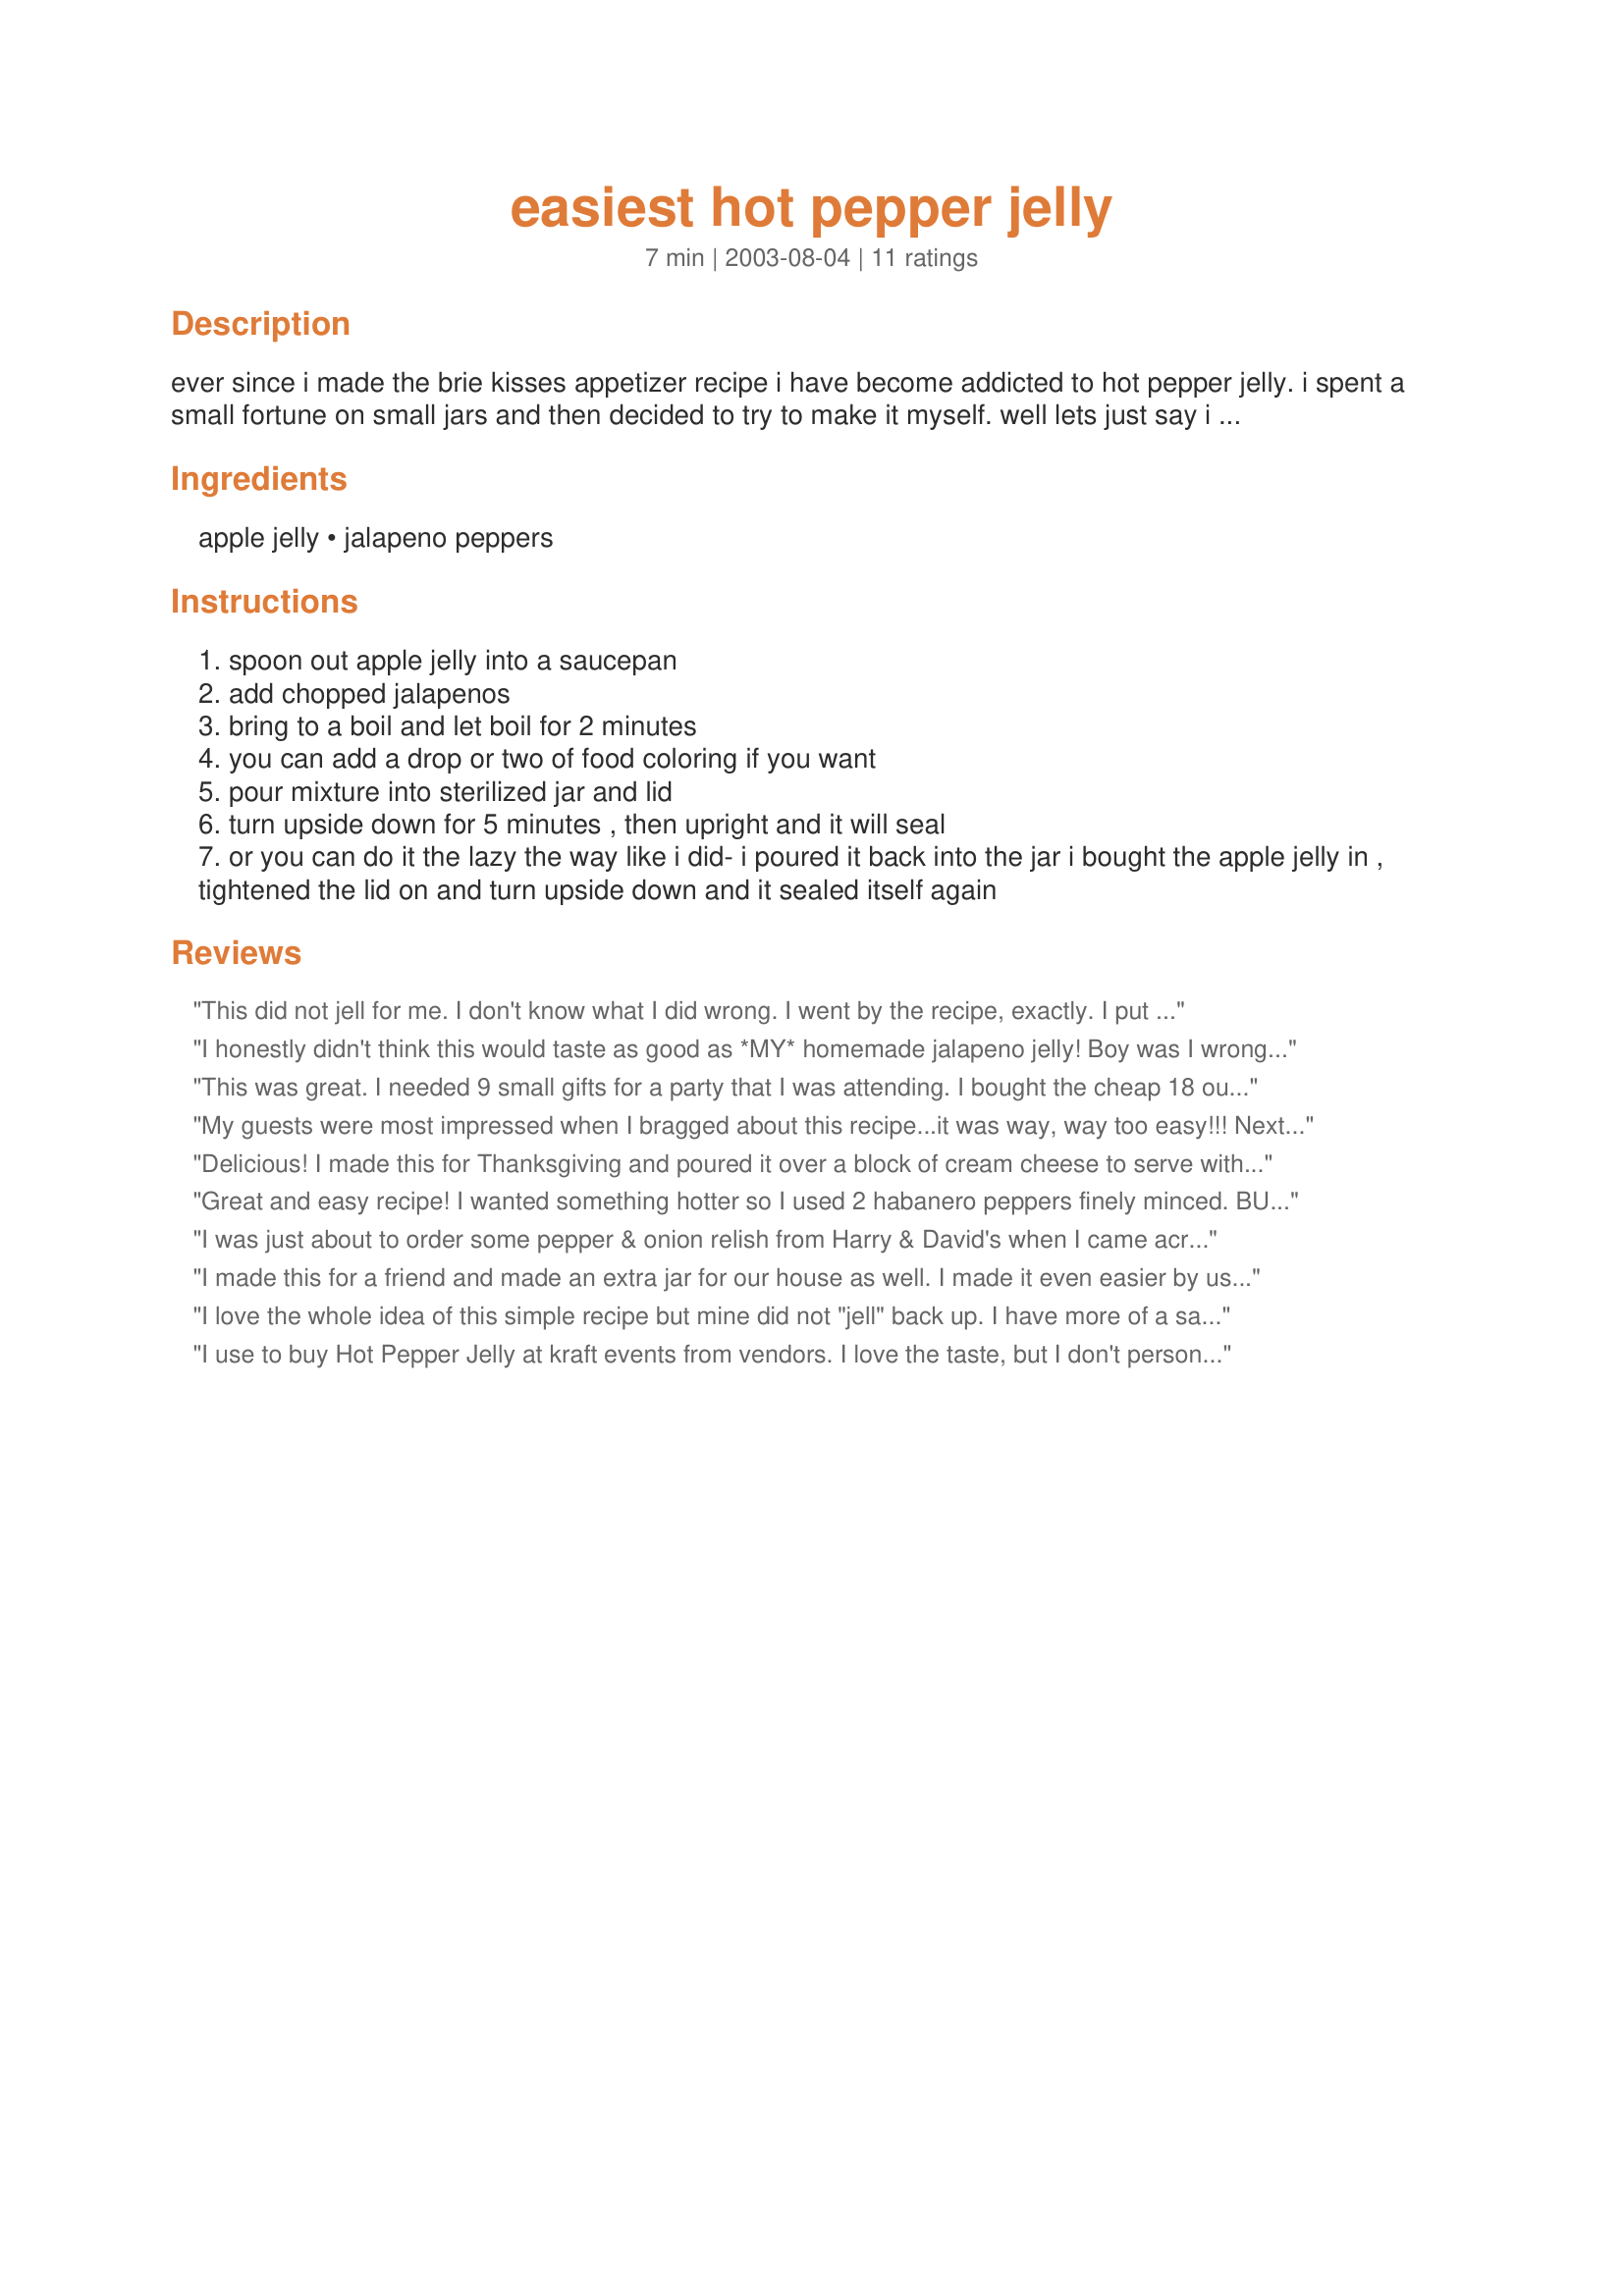
easiest hot pepper jelly
Preparation time: 7 minutes

ever since i made the brie kisses appetizer recipe i have become addicted to hot pepper jelly. i spent a small fortune on small jars and then decided to try to make it myself. well lets just say i don't have the nack for jelly making. however a friend of mine told me this method and boy my life has changed forever and it takes a whole five minutes to make. okay, realistically less than 10 minutes depending on how fast you are with a knife.

Ingredients:
apple jelly, jalapeno peppers

Steps:
spoon out apple jelly into a saucepan
add chopped jalapenos
bring to a boil and let boil for 2 minutes
you can add a drop or two of food coloring if you want
pour mixture into sterilized jar and lid
turn upside down for 5 minutes , then upright and it will seal
or you can do it the lazy the way like i did- i poured it back into the jar i bought the apple jelly in , tightened the lid on and turn upside down and it sealed itself again

Reviews:
This did not jell for me. I don't know what I did wrong. I went by the recipe, exactly. I put three jalapenos in, seeds and all, and a banana pepper, I think it was, and it is way too hot. We like hot, but that is too hot. I am going to get some more apple jelly, and try again. It is so hard to know just how much peppers to put in.
I honestly didn't think this would taste as good as *MY* homemade jalapeno jelly! Boy was I wrong!! It was easy and tastes delicous. Love the fact that I can make one jar at a time when I want it instead of having to store several jars of jelly. Thank you so much, Ridgely for this fantastic recipe!
This was great. I needed 9 small gifts for a party that I was attending. I bought the cheap 18 ounce jars of apple jelly at my local Walmart for about $1.25 a piece. Six of those jars made 10 (1/2 pint) jars of hot pepper jelly. I put about 20 jalapenos (seeds and membrane included) and about 10 serrano chilis (also with seeds and membrane) into my food processor... ground them up and then heated the apple jelly and the ground pepper mash together until it was melted and the bright green was gone from the peppers. I then strained the peppers out and was left with a nice clear hot pepper jelly. I added some green food coloring to my liking and ladled into jars and covered them with a pretty fabric and ribbon. I put them all back into the box the jelly jars came in and put them in my refrigerator. I didn't bother with a hot water bath or anything. I'll explain to the recipients that the jelly is to be used soon and tell them that it's not 'canned' and it needs to stay in the refrigerator.
How easy can it get? Thanks so much for the great idea.
My guests were most impressed when I bragged about this recipe...it was way, way too easy!!! Next time, though, I will kick it up with more jalapeno and maybe some green bell pepper that was suggested (about 1T minced). I was only able to get a 250 ml jar of apple jelly (9 oz jar) which gave me approx. 1 cup of finished product....enough to fit into one decorative jar. Perfect for 2 servings. I have 2 more jars in my cupboard to play around with!! Thanks for a wonderful idea!!
Delicious! I made this for Thanksgiving and poured it over a block of cream cheese to serve with crackers for an appetizer. It was soooo good, that I'm going to make these for Christmas gifts and add a personal label to each jar. Thanks for a great inexpensive (and delicious) gift idea!
Great and easy recipe! I wanted something hotter so I used 2 habanero peppers finely minced. BUT I wimped out after boiling the jelly and strained it before puttng in jars--perfect hi heat! Awesome with cream cheese!
I was just about to order some pepper & onion relish from Harry & David's when I came across this recipe. It's delicious & a whole lot cheaper! Plus, you don't have to wait on it to be delivered! Thanks for sharing!
I made this for a friend and made an extra jar for our house as well. I made it even easier by using canned jalapenos. For my twin granddaughter's 1st birthday today I served it over a block of cream cheese with wheat thins on the side and everyone declare it "delicious"! I agree....easy and delicious are both high on my list too! I used a 4-oz can of chopped jalapenos, rinsed and chopped even more, with two 18 oz jars of apple jelly. For me, it was not hot enough, my mistake though. Next time I'll use a can for each jar. I LOVE this recipe and plan on adding jars of this to my holiday baskets.
I love the whole idea of this simple recipe but mine did not "jell" back up. I have more of a sauce that would probably be great on chicken or pork fillets. But I really thought it would be more of a jelly that I could put over a block of cream cheese. Does anyone have any ideas of what happened or how I might get the consistency I want?? Thanks for any advice!!
I use to buy Hot Pepper Jelly at kraft events from vendors. I love the taste, but I don't personally have the time to make from scratch. I use to purchase from Harry & Davids their onion & pepper relish in its place when I got a chance. I tried this over the weekend. It was super easy and quick. I might try to use more jalapeno peppers and maybe a little bit of the juice to make it hotter. This was a great idea...thank you so much for posting it.
This get five stars for being truly easy and very good. Apple jelly is not available where I live therefore I used Apricot and it was delicious. I also added a small amount of green bellpepper.
